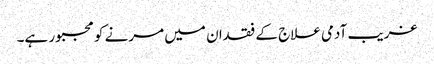
غریب آدمی علاج کے فقدان میں مرنے کو مجبور ہے۔